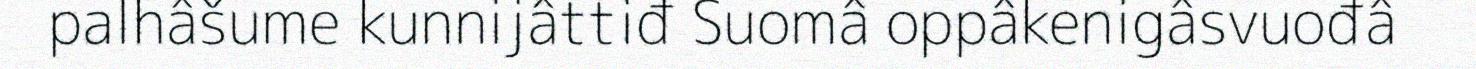
palhâšume kunnijâttiđ Suomâ oppâkenigâsvuođâ